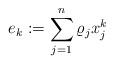
LaTeX: \begin{align*}e_k:=\sum_{j=1}^n\varrho_j x_j^k \end{align*}